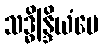
သဒ္ဓိန္ဒြိယံပေ